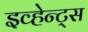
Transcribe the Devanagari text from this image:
इव्हेन्ट्‌स